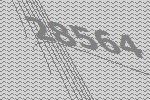
28564